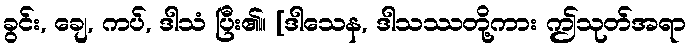
ခွင်း, ချေ, ကပ်, ဒါသံ ပြီး၏။ [ဒါသေန, ဒါသဿတို့ကား ဤသုတ်အရာ